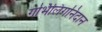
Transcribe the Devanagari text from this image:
गर्भिलिंगनिदान